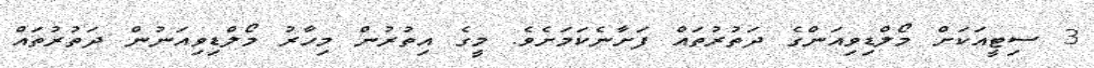
3 ސިޓީއަކަށް މޯލްޑިވިއަންގެ ދަތުރުތައް ފަށާނެކަމަށެވެ. މީގެ އިތުރުން މިހާރު މޯލްޑިވިއަނުން ދަތުރުތައް